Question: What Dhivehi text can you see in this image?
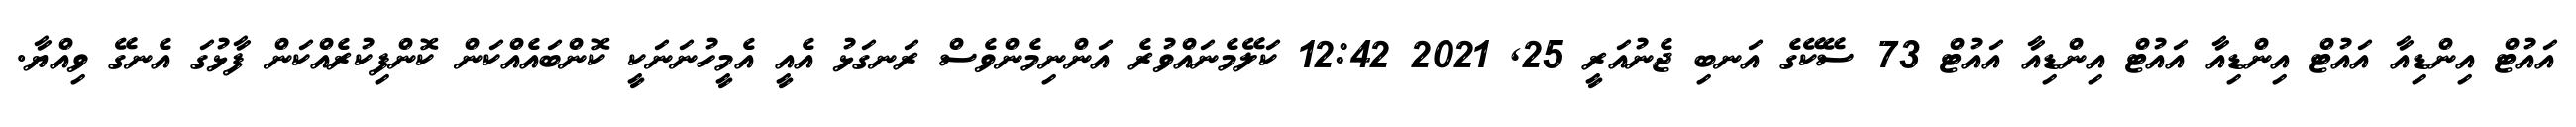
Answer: އައުޓް އިންޑިއާ އައުޓް އިންޑިއާ އައުޓް އިންޑިއާ އައުޓް 73 ސޭކޭގެ އަނބި ޖެނުއަރީ 25, 2021 12:42 ކަލޭމެނައްވުރެ އަންނިމެންވެސް ރަނގަޅު އެއީ އެމީހުނަނަކީ ކޮންބައެއްކަން ކޮންފިކުރެއްކަން ފާޅުގަ އެނގޭ ވިއްޔާ.